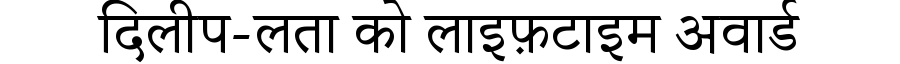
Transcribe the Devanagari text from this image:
दिलीप-लता को लाइफ़टाइम अवार्ड